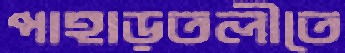
পাহাড়তলীতে